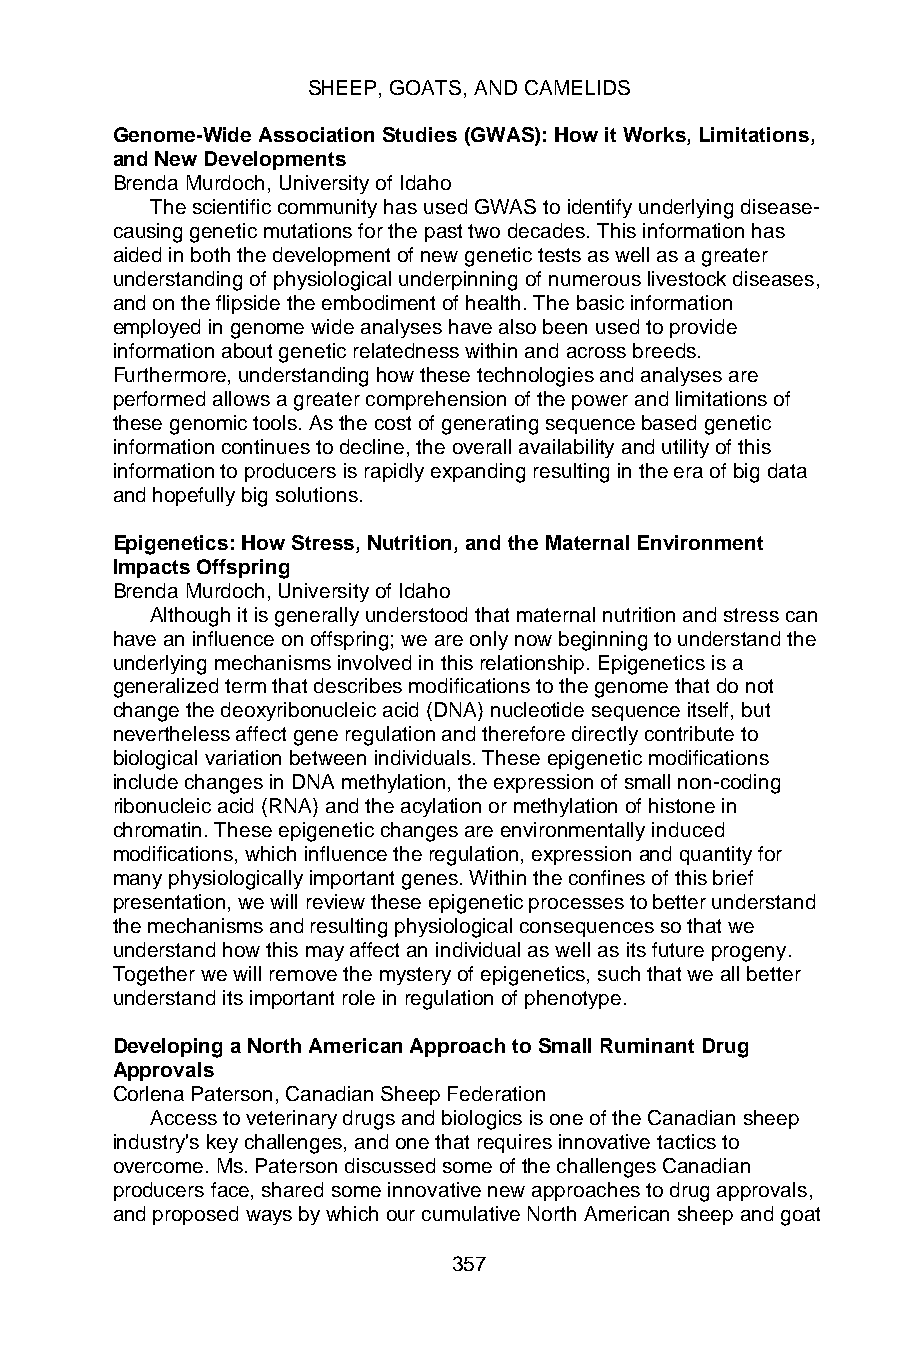
SHEEP, GOATS, AND CAMELIDS
 Genome-Wide Association Studies (GWAS): How it Works, Limitations,
 and New Developments
 Brenda Murdoch, University of Idaho
 The scientific community has used GWAS to identify underlying disease-
 causing genetic mutations for the past two decades. This information has
 aided in both the development of new genetic tests as well as a greater
 understanding of physiological underpinning of numerous livestock diseases,
 and on the flipside the embodiment of health. The basic information
 employed in genome wide analyses have also been used to provide
 information about genetic relatedness within and across breeds.
 Furthermore, understanding how these technologies and analyses are
 performed allows a greater comprehension of the power and limitations of
 these genomic tools. As the cost of generating sequence based genetic
 information continues to decline, the overall availability and utility of this
 information to producers is rapidly expanding resulting in the era of big data
 and hopefully big solutions.
 Epigenetics: How Stress, Nutrition, and the Maternal Environment
 Impacts Offspring
 Brenda Murdoch, University of Idaho
 Although it is generally understood that maternal nutrition and stress can
 have an influence on offspring; we are only now beginning to understand the
 underlying mechanisms involved in this relationship. Epigenetics is a
 generalized term that describes modifications to the genome that do not
 change the deoxyribonucleic acid (DNA) nucleotide sequence itself, but
 nevertheless affect gene regulation and therefore directly contribute to
 biological variation between individuals. These epigenetic modifications
 include changes in DNA methylation, the expression of small non-coding
 ribonucleic acid (RNA) and the acylation or methylation of histone in
 chromatin. These epigenetic changes are environmentally induced
 modifications, which influence the regulation, expression and quantity for
 many physiologically important genes. Within the confines of this brief
 presentation, we will review these epigenetic processes to better understand
 the mechanisms and resulting physiological consequences so that we
 understand how this may affect an individual as well as its future progeny.
 Together we will remove the mystery of epigenetics, such that we all better
 understand its important role in regulation of phenotype.
 Developing a North American Approach to Small Ruminant Drug
 Approvals
 Corlena Paterson, Canadian Sheep Federation
 Access to veterinary drugs and biologics is one of the Canadian sheep
 industry's key challenges, and one that requires innovative tactics to
 overcome. Ms. Paterson discussed some of the challenges Canadian
 producers face, shared some innovative new approaches to drug approvals,
 and proposed ways by which our cumulative North American sheep and goat
 357